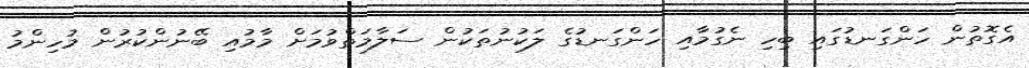
އެގޮތުން ހަންގަނޑުގައި ބިހި ނެގުމާއި ހަންގަނޑުގެ ލަކުނުތަކުން ސަލާމަތްވުމަށް މާމުއި ބޭނުންކުރުން މުހިންމު